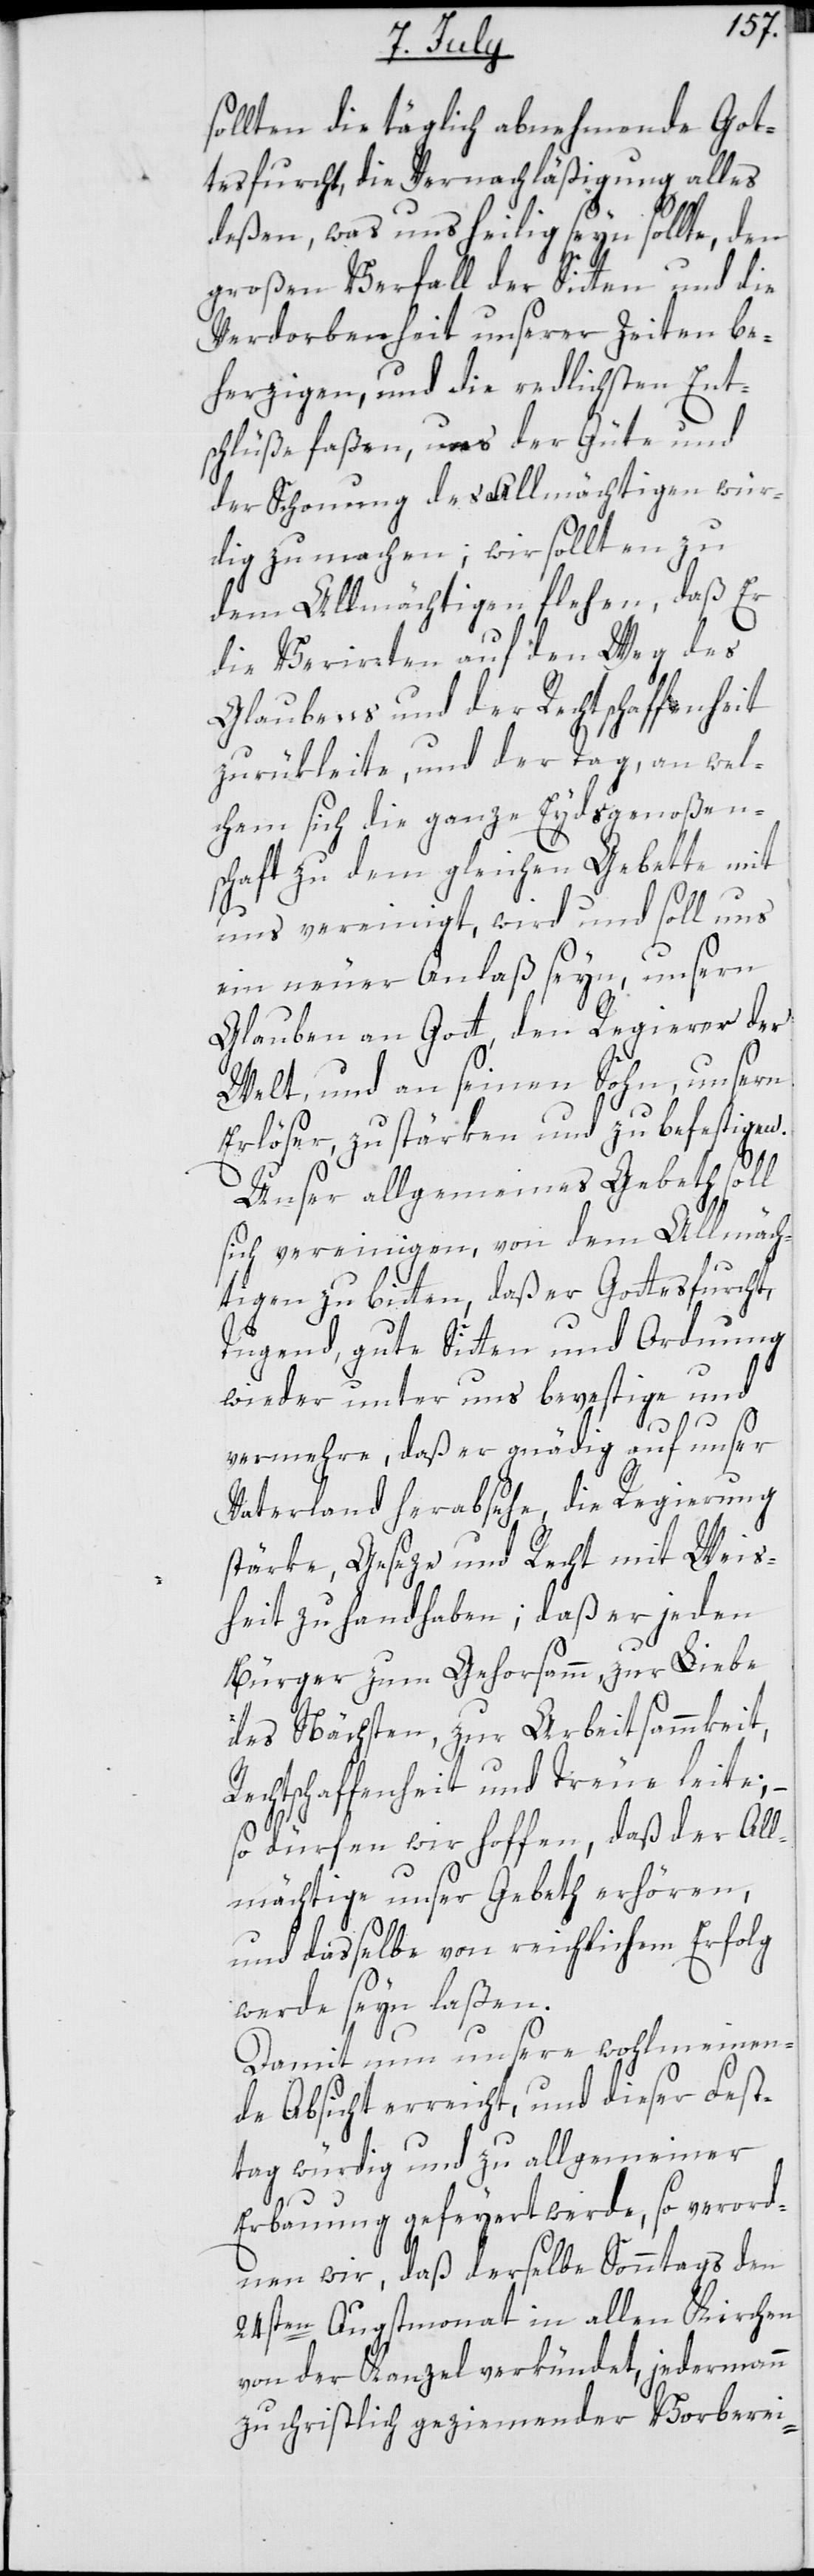
sollten die täglich abnehmende Got¬
tesfurcht, die Vernachläßigung alles
deßen, was uns heilig seyn sollte, den
großen Verfall der Sitten und die
Verdorbenheit unserer Zeiten be¬
herzigen, und die redlichsten Ent¬
schlüße faßen, uns der Güte und
der Schonung des Allmächtigen wür¬
dig zu machen, wir sollten zu
dem Allmächtigen flehen, daß Er
die Verirrten auf den Weg des
Glaubens und der Rechtschaffenheit
zurükleite, und der Tag, an wel¬
chem sich die ganze Eydsgenoßen¬
schaft zu dem gleichen Gebette mit
uns vereinigt, wird und soll uns
ein neuer Anlaß seyn, unsern
Glauben an Gott, den Regierer der
Welt, und an seinen Sohn, unsern
Erlöser, zu stärken und zu befestigen.
Unser allgemeines Gebeth soll
sich vereinigen, von dem Allmäch¬
tigen zu bitten, daß er Gottesfurcht,
Tugend, gute Sitten und Ordnung
wieder unter uns bevestige und
vermehre, daß er gnädig auf unser
Vaterland herabsehe, die Regierung
stärke, Geseze und Recht mit Weis¬
heit zu handhaben; daß er jeden
Bürger zum Gehorsamm, zur Liebe
des Nächsten, zur Arbeitsammkeit,
Rechtschaffenheit und Treue leite;
so dürfen wir hoffen, daß der All¬
mächtige unser Gebeth erhören,
und dasselbe von reichlichem Erfolg
werde seyn laßen.
Damit nun unsere wohlmeinen¬
de Absicht erreicht, und dieser Fest¬
tag würdig und zu allgemeiner
Erbauung gefeyert werde, so verord¬
nen wir, daß derselbe Sonntags den
24sten Augstmonat in allen Kirchen
von der Kanzel verkündet, jedermann
zu christlich geziemender Vorberei-